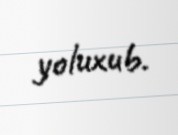
yoluxub.